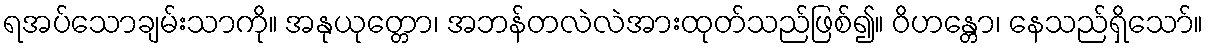
ရအပ်သောချမ်းသာကို။ အနုယုတ္တော၊ အဘန်တလဲလဲအားထုတ်သည်ဖြစ်၍။ ဝိဟန္တော၊ နေသည်ရှိသော်။